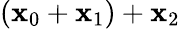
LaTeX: \left(\mathbf{x}_{0}+\mathbf{x}_{1}\right)+\mathbf{x}_{2}